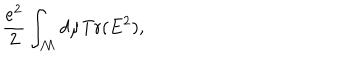
{ \frac { e ^ { 2 } } { 2 } } \int _ { \cal M } d \mu \mathrm { T r } ( E ^ { 2 } ) ,